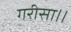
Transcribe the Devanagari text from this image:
गरीसा।।